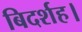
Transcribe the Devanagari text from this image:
बिदर्शह।